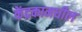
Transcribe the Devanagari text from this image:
केंद्रकामधील